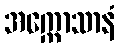
အက္ကောသာနံ